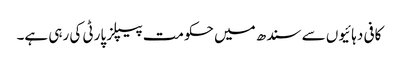
کافی دہائیوں سے سندھ میں حکومت پیپلز پارٹی کی رہی ہے۔